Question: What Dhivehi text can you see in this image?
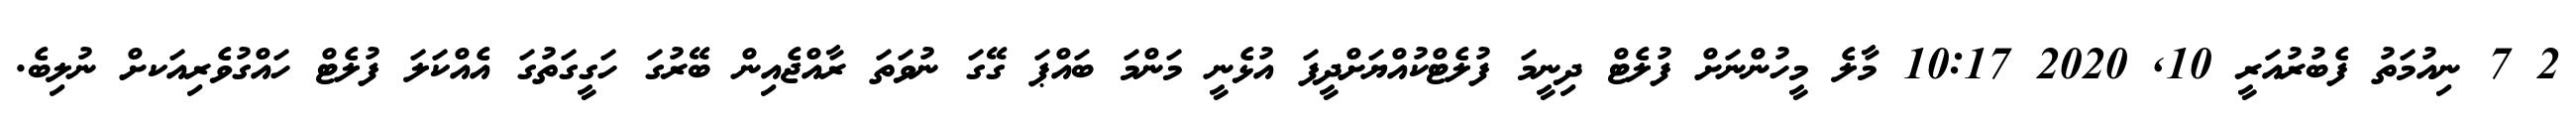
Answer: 2 7 ނިއުމަތު ފެބުރުއަރީ 10, 2020 10:17 މާލެ މީހުންނަށް ފުލެޓް ދިނީމަ ފުލެޓްކުއްޔަށްދީފަ އުޅެނީ މަންމަ ބައްޕަ ގޭގަ ނުވަތަ ރާއްޖެއިން ބޭރުގަ ހަގީގަތުގަ އެއްކަލަ ފުލެޓް ހައްގުވެރިއަކށް ނުލިބެ.